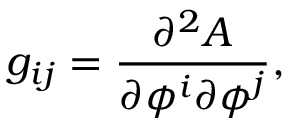
g _ { i j } = \frac { \partial ^ { 2 } A } { \partial \phi ^ { i } \partial \phi ^ { j } } ,